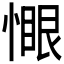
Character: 𫺻